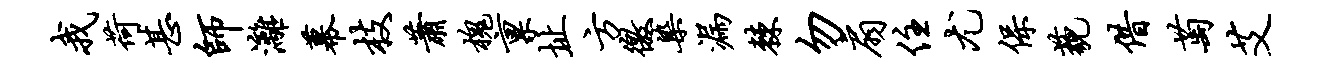
我荷甚师漓幕枝萧槐禀址方徼染漏棘勿扇住尤保藐借萄艾